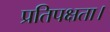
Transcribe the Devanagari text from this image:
प्रतिपक्षता।